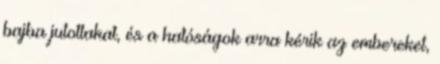
bajba jutottakat, és a hatóságok arra kérik az embereket,